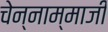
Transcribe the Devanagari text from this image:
चेन्‍नाम्‍माजी